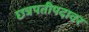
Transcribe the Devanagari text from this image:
छत्रपतीपदावर